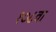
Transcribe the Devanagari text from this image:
१०८वा